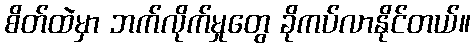
စိတ်ထဲမှာ ဘက်လိုက်မှုတွေ ခိုကပ်လာနိုင်တယ်။